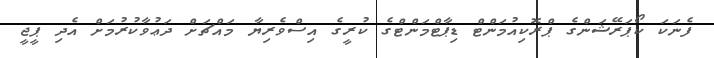
ފެނަކަ ކޯޕަރޭޝަންގެ ޕްރޮކިއުމަންޓް ޑިޕާޓްމަންޓްގެ ކުރީގެ އިސްވެރިޔާ މައްޗަށް ދަޢުވާކުރުމަށް އެދި ޕީޖީ